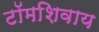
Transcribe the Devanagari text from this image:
टॉमशिवाय